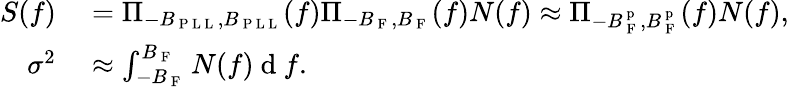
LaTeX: \begin{array}{rl}{S(f)}&{{}=\Pi_{-B_{\mathrm{~P~L~L~}},B_{\mathrm{~P~L~L~}}}(f)\Pi_{-B_{\mathrm{~F~}},B_{\mathrm{~F~}}}(f)N(f)\approx\Pi_{-B_{\mathrm{~F~}}^{\mathrm{~p~}},B_{\mathrm{~F~}}^{\mathrm{~p~}}}(f)N(f),}\\ {\sigma^{2}}&{{}\approx\int_{-B_{\mathrm{~F~}}}^{B_{\mathrm{~F~}}}N(f)\mathrm{~d~}f.}\end{array}